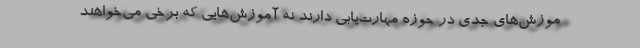
موزش‌های جدی در حوزه مهارت‌یابی دارند نه آموزش‌هایی که برخی می‌خواهند